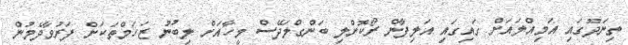
ތިނަދޫގައި އަމިއްލައަށް ގައިގައި އަލިފާން ރޯކޮށްލި ބަންގްލަދޭސް މީހާއަށް ލިބުނު ޒަހަމްތަކަށް ފަރުވާދެމުން